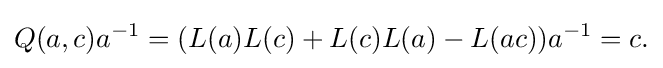
\displaystyle {Q(a,c)a^{-1}=(L(a)L(c)+L(c)L(a)-L(ac))a^{-1}=c.}